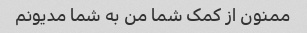
ممنون از کمک شما من به شما مدیونم